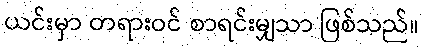
ယင်းမှာ တရားဝင် စာရင်းမျှသာ ဖြစ်သည်။